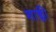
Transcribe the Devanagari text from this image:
शाक्ली